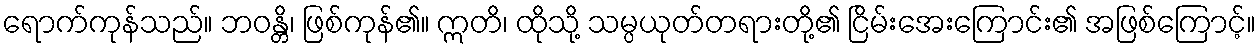
ရောက်ကုန်သည်။ ဘဝန္တိ၊ ဖြစ်ကုန်၏။ ဣတိ၊ ထိုသို့ သမ္ပယုတ်တရားတို့၏ ငြိမ်းအေးကြောင်း၏ အဖြစ်ကြောင့်။